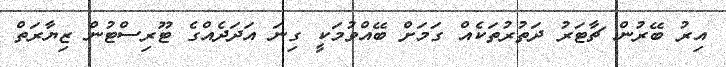
އިރު ބޭރުން ޗާޓަރު ދަތުރުތަކެއް ގަމަށް ބޭއްވުމަކީ ގިނަ އަދަދެއްގެ ޓޫރިސްޓުން ޒިޔާރަތް